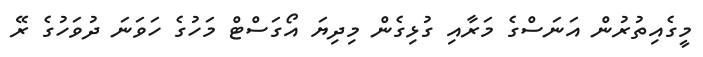
މީގެއިތުރުން އަނަސްގެ މަރާއި ގުޅިގެން މިދިޔަ އޯގަސްޓް މަހުގެ ހަވަނަ ދުވަހުގެ ރޭ